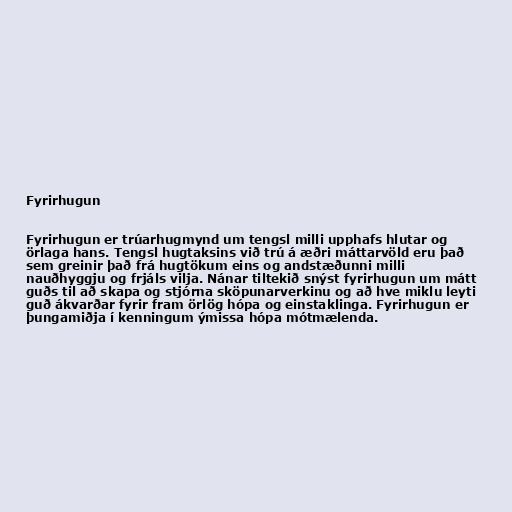
Fyrirhugun

Fyrirhugun er trúarhugmynd um tengsl milli upphafs hlutar og
örlaga hans. Tengsl hugtaksins við trú á æðri máttarvöld eru það
sem greinir það frá hugtökum eins og andstæðunni milli
nauðhyggju og frjáls vilja. Nánar tiltekið snýst fyrirhugun um mátt
guðs til að skapa og stjórna sköpunarverkinu og að hve miklu leyti
guð ákvarðar fyrir fram örlög hópa og einstaklinga. Fyrirhugun er
þungamiðja í kenningum ýmissa hópa mótmælenda.